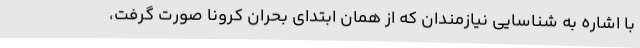
با اشاره به شناسایی نیازمندان که از همان ابتدای بحران کرونا صورت گرفت،